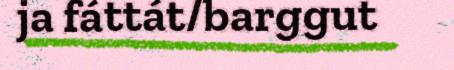
ja fáttát/barggut